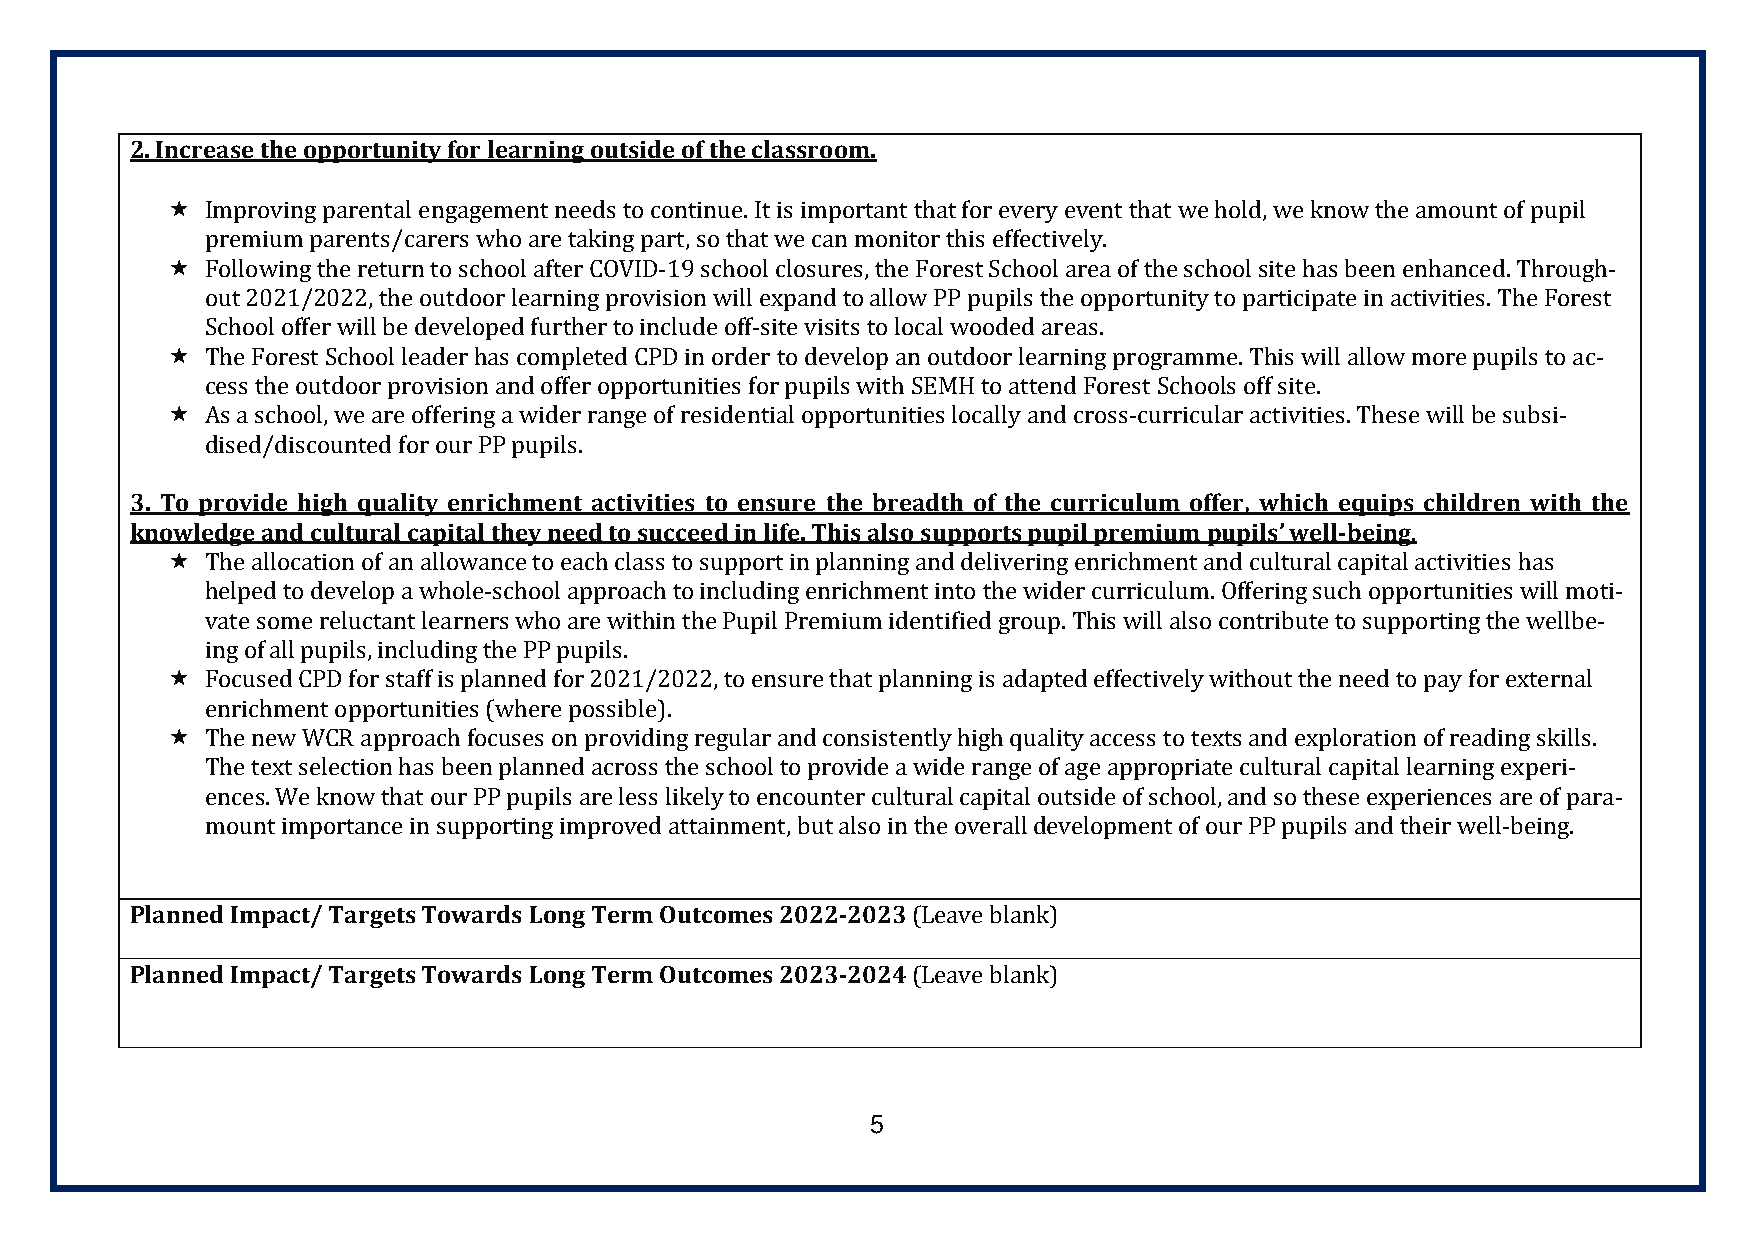
2. Increase the opportunity for learning outside of the classroom.
   Improving parental engagement needs to continue. It is important that for every event that we hold, we know the amount of pupil
 premium parents/carers who are taking part, so that we can monitor this effectively.
   Following the return to school after COVID-19 school closures, the Forest School area of the school site has been enhanced. Through-
 out 2021/2022, the outdoor learning provision will expand to allow PP pupils the opportunity to participate in activities. The Forest
 School offer will be developed further to include off-site visits to local wooded areas.
   The Forest School leader has completed CPD in order to develop an outdoor learning programme. This will allow more pupils to ac-
 cess the outdoor provision and offer opportunities for pupils with SEMH to attend Forest Schools off site.
   As a school, we are offering a wider range of residential opportunities locally and cross-curricular activities. These will be subsi-
 dised/discounted for our PP pupils.
 3. To provide high quality enrichment activities to ensure the breadth of the curriculum offer, which equips children with the
 knowledge and cultural capital they need to succeed in life. This also supports pupil premium pupils’ well-being.
   The allocation of an allowance to each class to support in planning and delivering enrichment and cultural capital activities has
 helped to develop a whole-school approach to including enrichment into the wider curriculum. Offering such opportunities will moti-
 vate some reluctant learners who are within the Pupil Premium identified group. This will also contribute to supporting the wellbe-
 ing of all pupils, including the PP pupils.
   Focused CPD for staff is planned for 2021/2022, to ensure that planning is adapted effectively without the need to pay for external
 enrichment opportunities (where possible).
   The new WCR approach focuses on providing regular and consistently high quality access to texts and exploration of reading skills.
 The text selection has been planned across the school to provide a wide range of age appropriate cultural capital learning experi-
 ences. We know that our PP pupils are less likely to encounter cultural capital outside of school, and so these experiences are of para-
 mount importance in supporting improved attainment, but also in the overall development of our PP pupils and their well-being.
 Planned Impact/ Targets Towards Long Term Outcomes 2022-2023 (Leave blank)
 Planned Impact/ Targets Towards Long Term Outcomes 2023-2024 (Leave blank)
 5